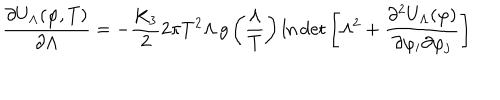
LaTeX: \frac { \partial U _ { \Lambda } ( \varphi , T ) } { \partial \Lambda } = - \frac { K _ { 3 } } { 2 } 2 \pi T ^ { 2 } \Lambda \, g \left( \frac { \Lambda } { T } \right) \ln \det \left[ \Lambda ^ { 2 } + \frac { \partial ^ { 2 } U _ { \Lambda } ( \varphi ) } { \partial \varphi _ { i } \partial \varphi _ { j } } \right]